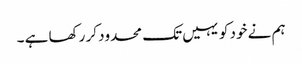
ہم نے خود کو یہیں تک محدود کر رکھا ہے ۔